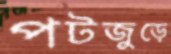
পটজুড়ে